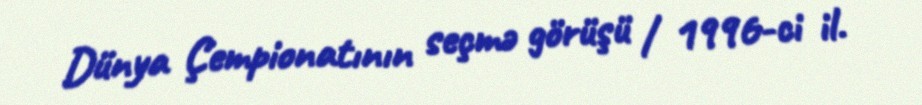
Dünya Çempionatının seçmə görüşü / 1996-ci il.